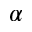
\alpha